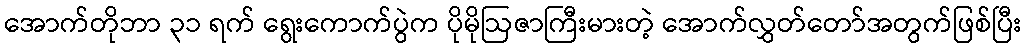
အောက်တိုဘာ ၃၁ ရက် ရွေးကောက်ပွဲက ပိုမိုဩဇာကြီးမားတဲ့ အောက်လွှတ်တော်အတွက်ဖြစ်ပြီး